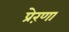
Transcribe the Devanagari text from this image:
प्रेऱणा